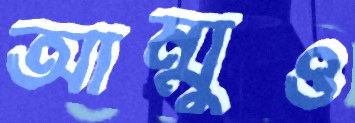
আম্মুও